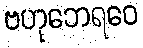
ဗဟုဘေရဝေ